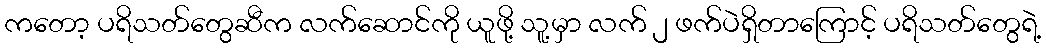
ကတော့ ပရိသတ်တွေဆီက လက်ဆောင်ကို ယူဖို့ သူ့မှာ လက် ၂ ဖက်ပဲရှိတာကြောင့် ပရိသတ်တွေရဲ့